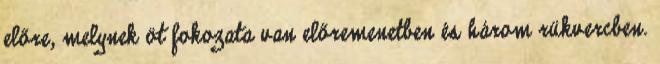
előre, melynek öt fokozata van előremenetben és három rükvercben.